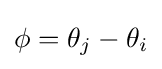
\phi =\theta _{j}-\theta _{i}